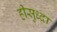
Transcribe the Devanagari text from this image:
हीसुध्दा